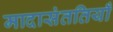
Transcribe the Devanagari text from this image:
मादासंततियाँ